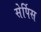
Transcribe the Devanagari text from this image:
सेर्पिस